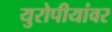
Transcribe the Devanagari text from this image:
युरोपीयांवर